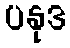
ပနုဒ